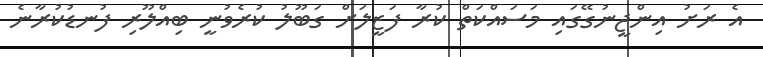
އެ ރަށު އިންޖީނުގޭގައި މަސައްކަތް ކުރާ ފަޒީލަށް ގަބޫލު ކުރެވުނީ ބިއްލޫރި ފުނޑުކުރާނެ